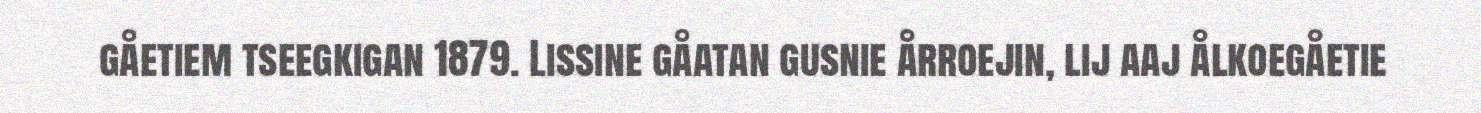
gåetiem tseegkigan 1879. Lissine gåatan gusnie årroejin, lij aaj ålkoegåetie